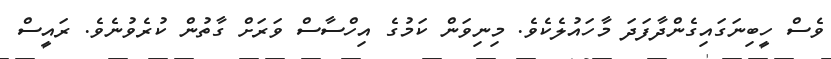
ވެސް ހީބިނަގައިގެންދާފަދަ މާހައުލެކެވެ. މިނިވަން ކަމުގެ އިހްސާސް ވަރަށް ގާތުން ކުރެވުނެވެ. ރައީސް